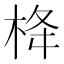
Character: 栙